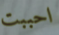
احببت